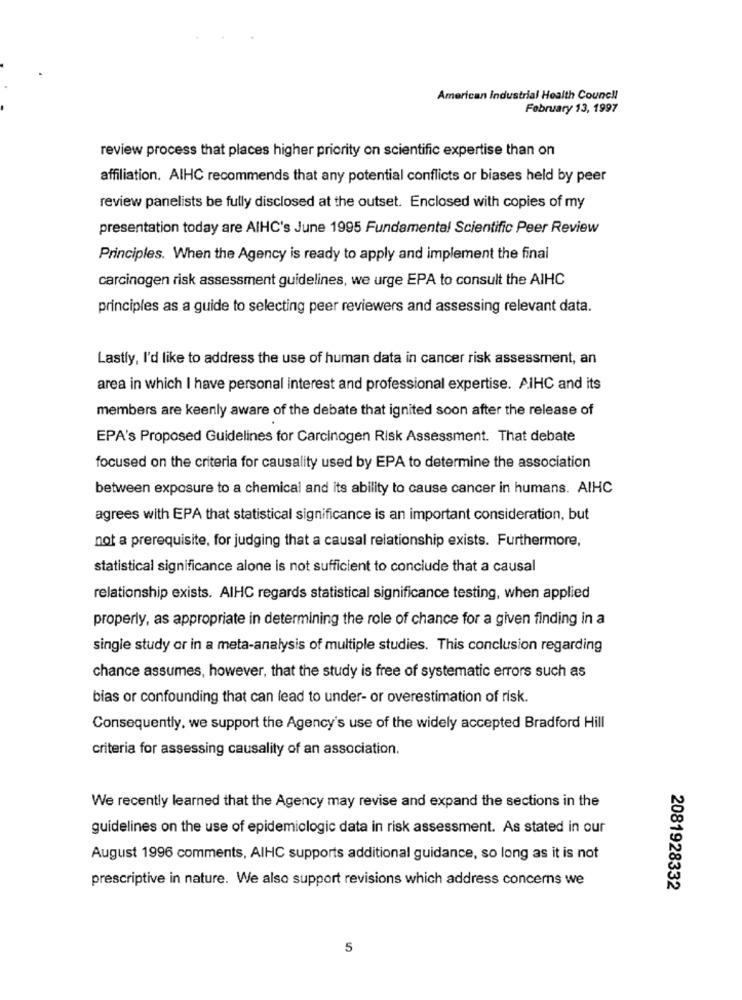
American Industrial Health Counc !!
February 13, 1997
review process that places higher priority on scientific expertise than on
affiliation. AIHC recommends that any potential conflicts or biases held by peer
review panelists be fully disclosed at the outset. Enclosed with copies of my
presentation today are AIHC's June 1995 Fundamental Scientific Peer Review
Principles. When the Agency is ready to apply and implement the final
carcinogen risk assessment guidelines, we urge EPA to consult the AIHC
principles as a guide to selecting peer reviewers and assessing relevant data.
Lastly, I'd like to address the use of human data in cancer risk assessment, an
area in which I have personal interest and professional expertise. AIHC and its
members are keenly aware of the debate that ignited soon after the release of
EPA's Proposed Guidelines for Carcinogen Risk Assessment. That debate
focused on the criteria for causality used by EPA to determine the association
between exposure to a chemical and its ability to cause cancer in humans. AIHC
agrees with EPA that statistical significance is an important consideration, but
not a prerequisite, for judging that a causal relationship exists. Furthermore,
statistical significance alone is not sufficient to conclude that a causal
relationship exists. AIHC regards statistical significance testing, when applied
properly, as appropriate in determining the role of chance for a given finding in a
single study or in a meta-analysis of multiple studies. This conclusion regarding
chance assumes, however, that the study is free of systematic errors such as
bias or confounding that can lead to under- or overestimation of risk.
Consequently, we support the Agency's use of the widely accepted Bradford Hill
criteria for assessing causality of an association.
We recently learned that the Agency may revise and expand the sections in the
guidelines on the use of epidemiologic data in risk assessment. As stated in our
August 1996 comments, AIHC supports additional guidance, so long as it is not
prescriptive in nature. We also support revisions which address concerns we
2081928332
5